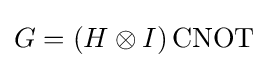
G=(H\otimes I)\operatorname {CNOT}